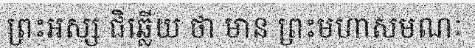
ព្រះអស្ស ជិឆ្លើយ ថា មាន ព្រះមហាសមណៈ